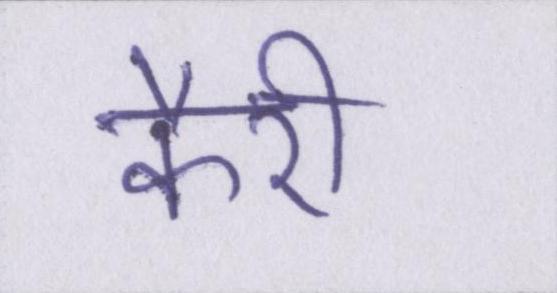
कैरी